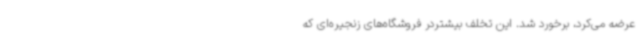
عرضه می‌کرد، برخورد شد. این تخلف بیشتردر فروشگاه‌های زنجیره‌ای که